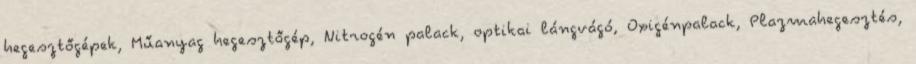
hegesztőgépek, Műanyag hegesztőgép, Nitrogén palack, optikai lángvágó, Oxigénpalack, Plazmahegesztés,